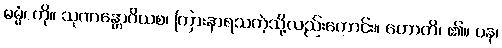
ဓမ္မံ၊ ကို။ သုဏန္တောဝိယစ၊ ကြားနာရသကဲ့သို့လည်းကောင်း။ ဟောတိ၊ ၏။ ပန၊